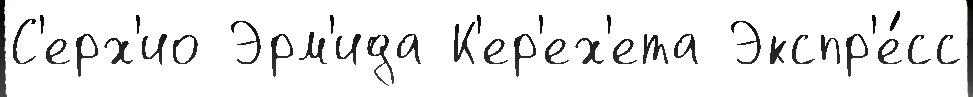
С'ерх'ио Эрм'ида К'ер'ех'ета Экспр'е́сс